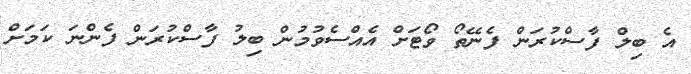
އެ ބިލް ފާސްކުރަން ފެނޭތޯ ވޯޓަށް އެއްސެވުމުން ބިލު ފާސްކުރަން ފެންނަ ކަމަށް